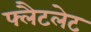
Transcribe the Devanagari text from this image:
फ्लैटलेट